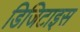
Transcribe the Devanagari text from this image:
डिजिटाइस